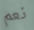
نعم